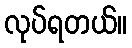
လုပ်ရတယ်။